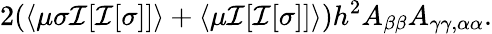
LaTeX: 2(\langle\mu\sigma\mathcal{I}[\mathcal{I}[\sigma]]\rangle+\langle\mu\mathcal{I}[\mathcal{I}[\sigma]]\rangle)h^{2}A_{\beta\beta}A_{\gamma\gamma,\alpha\alpha}.